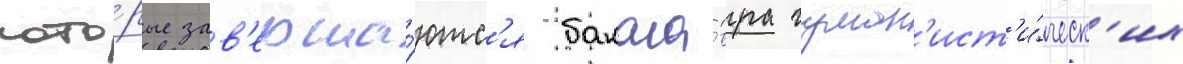
кото́рые зав'ерша́ютс'я бакала́вра гуман'ист'и́ческ'их